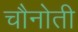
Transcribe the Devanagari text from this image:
चौनोती